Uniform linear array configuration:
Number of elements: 12
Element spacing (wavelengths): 0.5
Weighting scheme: blackman
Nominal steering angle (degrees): -60
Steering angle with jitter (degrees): -60.182
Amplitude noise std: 0.05
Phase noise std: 0.05

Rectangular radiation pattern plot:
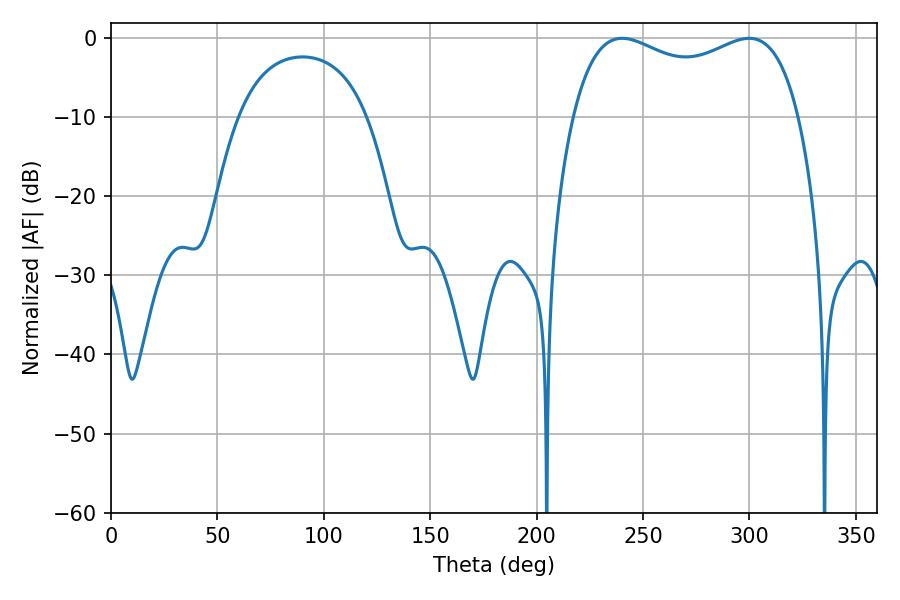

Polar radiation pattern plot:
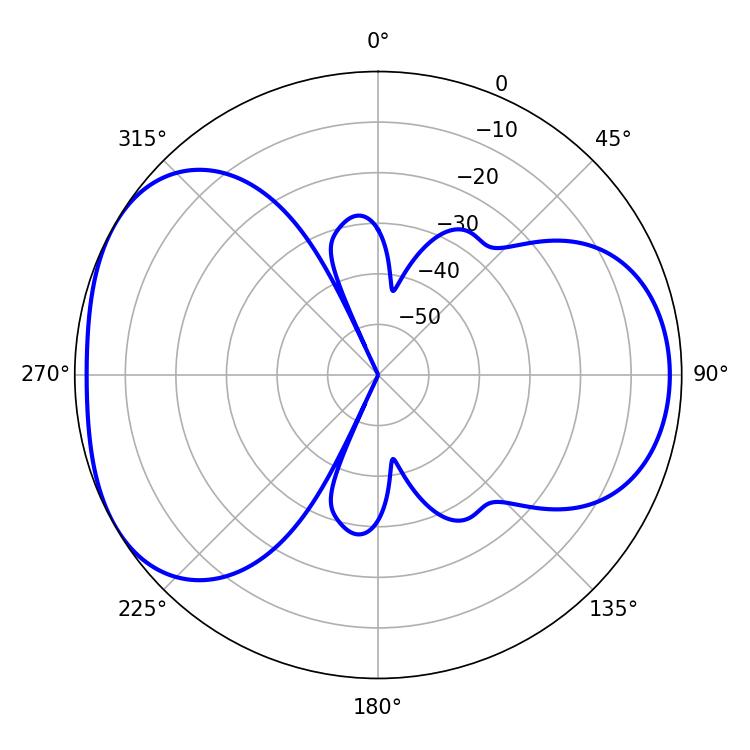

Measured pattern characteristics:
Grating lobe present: FALSE
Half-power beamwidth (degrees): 87.84
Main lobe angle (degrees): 240.12